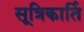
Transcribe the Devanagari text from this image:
सूत्रिकार्ति